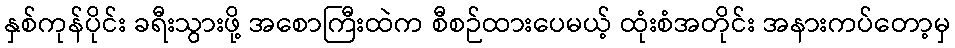
နှစ်ကုန်ပိုင်း ခရီးသွားဖို့ အစောကြီးထဲက စီစဉ်ထားပေမယ့် ထုံးစံအတိုင်း အနားကပ်တော့မှ